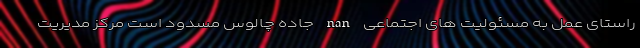
راستای عمل به مسئولیت های اجتماعی nan جاده چالوس مسدود است مرکز مدیریت